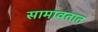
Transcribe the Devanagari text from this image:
सामावतात